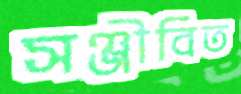
সঞ্জীবিত